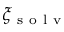
\xi _ { \mathrm { ~ s ~ o ~ l ~ v ~ } }